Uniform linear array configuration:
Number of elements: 48
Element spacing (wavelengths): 0.75
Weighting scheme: cosine
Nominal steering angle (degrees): -30
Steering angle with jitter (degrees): -28.078
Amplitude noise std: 0.05
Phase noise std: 0.05

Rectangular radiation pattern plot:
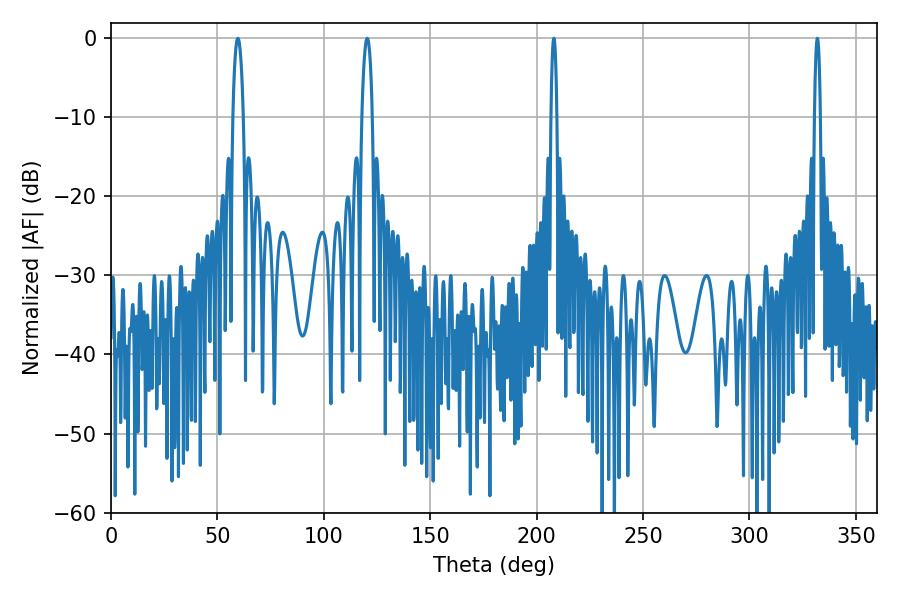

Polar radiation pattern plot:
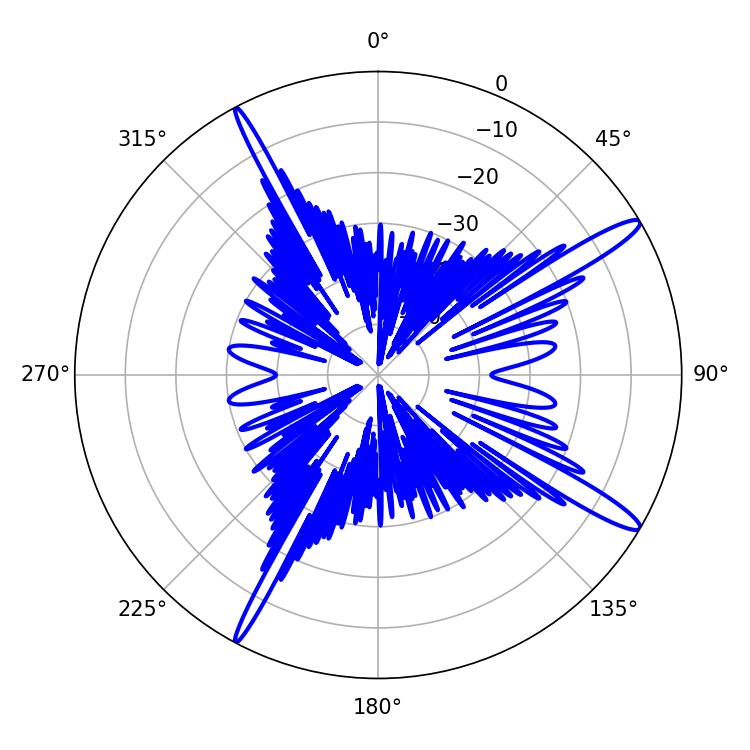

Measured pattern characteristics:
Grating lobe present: TRUE
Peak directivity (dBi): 14.857
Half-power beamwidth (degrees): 1.44
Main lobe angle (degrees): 208.08